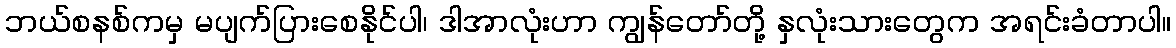
ဘယ်စနစ်ကမှ မပျက်ပြားစေနိုင်ပါ၊ ဒါအာလုံးဟာ ကျွန်တော်တို့ နှလုံးသားတွေက အရင်းခံတာပါ။